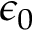
\epsilon _ { 0 }